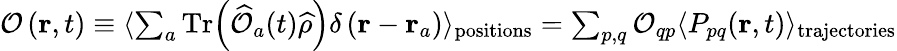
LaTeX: \begin{array}{r}{\mathcal{O}\left(\textbf{r},t\right)\equiv\langle\sum_{a}\mathrm{Tr}\! \left(\widehat{\mathcal{O}}_{a}(t)\widehat{\rho}\right)\delta\left(\textbf{r}-\textbf{r}_{a}\right)\rangle_{\mathrm{positions}}=\sum_{p,q}\mathcal{O}_{qp}\langle P_{pq}\! \left(\textbf{r},t\right)\rangle_{\mathrm{trajectories}}}\end{array}